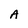
Character: A